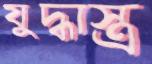
যুদ্ধাস্ত্র